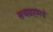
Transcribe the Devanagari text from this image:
सत्याग्रहांमधे